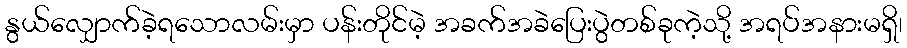
နွယ်လျှောက်ခဲ့ရသောလမ်းမှာ ပန်းတိုင်မဲ့ အခက်အခဲပြေးပွဲတစ်ခုကဲ့သို့ အရပ်အနားမရှိ၊